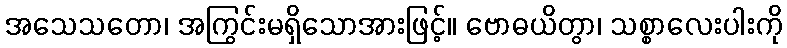
အသေသတော၊ အကြွင်းမရှိသောအားဖြင့်။ ဗောဓယိတွာ၊ သစ္စာလေးပါးကို